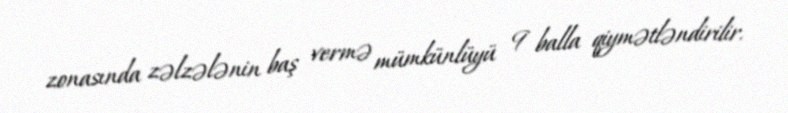
zonasında zəlzələnin baş vermə mümkünlüyü 9 balla qiymətləndirilir.